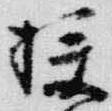
校